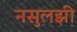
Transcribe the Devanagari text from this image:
नसुलझी